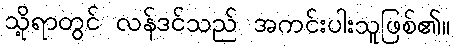
သို့ရာတွင် လန်ဒင်သည် အကင်းပါးသူဖြစ်၏။